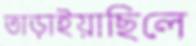
তাড়াইয়াছিলে